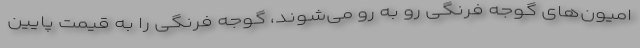
امیون‌های گوجه فرنگی رو به رو می‌شوند، گوجه فرنگی را به قیمت پایین